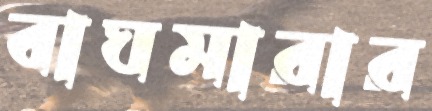
বাঘমারার